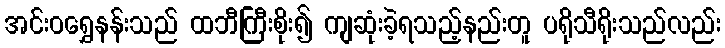
အင်းဝရွှေနန်းသည် ထဘီကြီးစိုး၍ ကျဆုံးခဲ့ရသည့်နည်းတူ ပရိုသီရိုးသည်လည်း